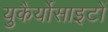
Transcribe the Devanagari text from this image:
युकैर्योसाइटों